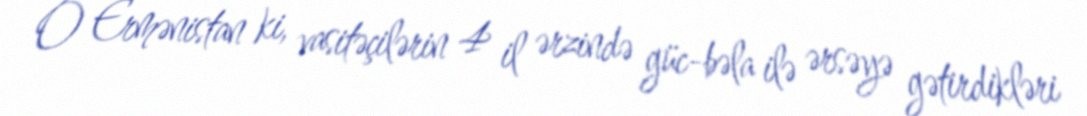
O Ermənistan ki, vasitəçilərin 4 il ərzində güc-bəla ilə ərsəyə gətirdikləri